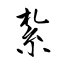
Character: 紮